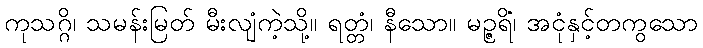
ကုသဂ္ဂိ၊ သမန်းမြတ် မီးလျံကဲ့သို့။ ရတ္တံ၊ နီသော။ မဉ္ဇရိံ၊ အငုံနှင့်တကွသော